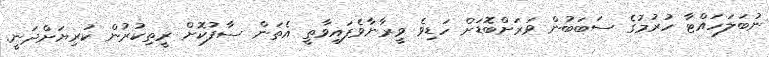
ނުބަލަހައްޓާ ހުރުމުގެ ސަބަބުން ވަރަށްބޮޑަށް ހަޑިވެ ވީރާނާވެފައިވާތީ އެތަން ސާފުކޮށް ރީތިކުރުން ކުރިޔަށްދަނީ.